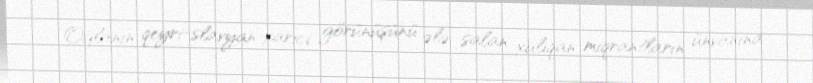
Oğlanın qeyri-slavyan xarici görünüşünü ələ salan xuliqan miqrantların ünvanına